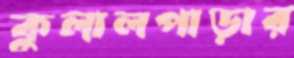
কুলালপাড়ার